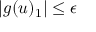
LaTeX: | g ( u ) _ { 1 } | \leq \epsilon